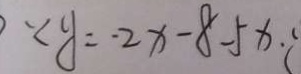
\because y = - 2 x - 8 - 5 x \cdot i